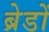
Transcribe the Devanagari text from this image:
ब्रेडों